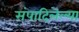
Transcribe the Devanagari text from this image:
संपादिलेल्या